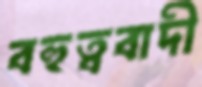
বহুত্ববাদী